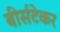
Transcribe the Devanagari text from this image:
बीर्सटेकर